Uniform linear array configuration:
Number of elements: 8
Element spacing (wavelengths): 0.5
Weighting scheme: hamming
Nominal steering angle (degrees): -60
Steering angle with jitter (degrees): -58.169
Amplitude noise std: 0.05
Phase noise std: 0.05

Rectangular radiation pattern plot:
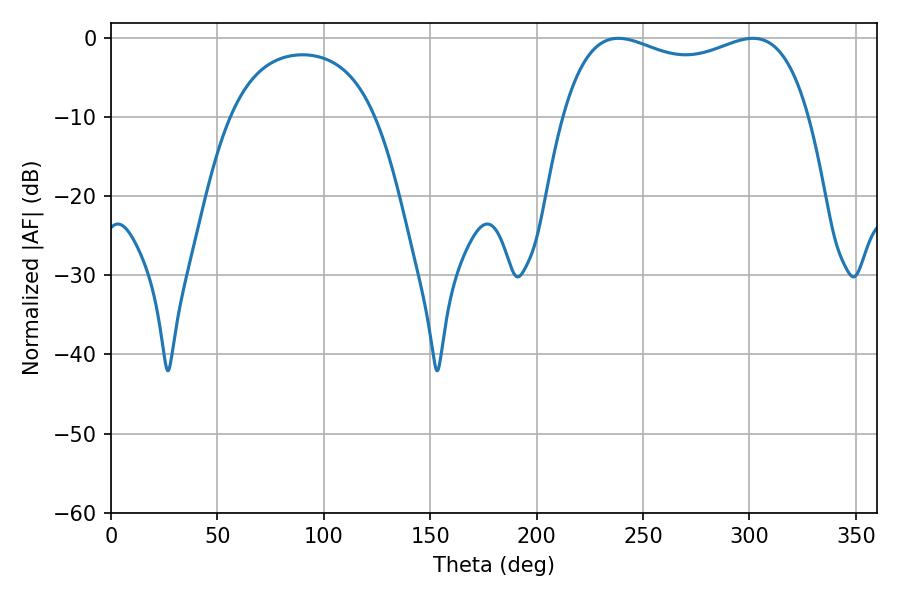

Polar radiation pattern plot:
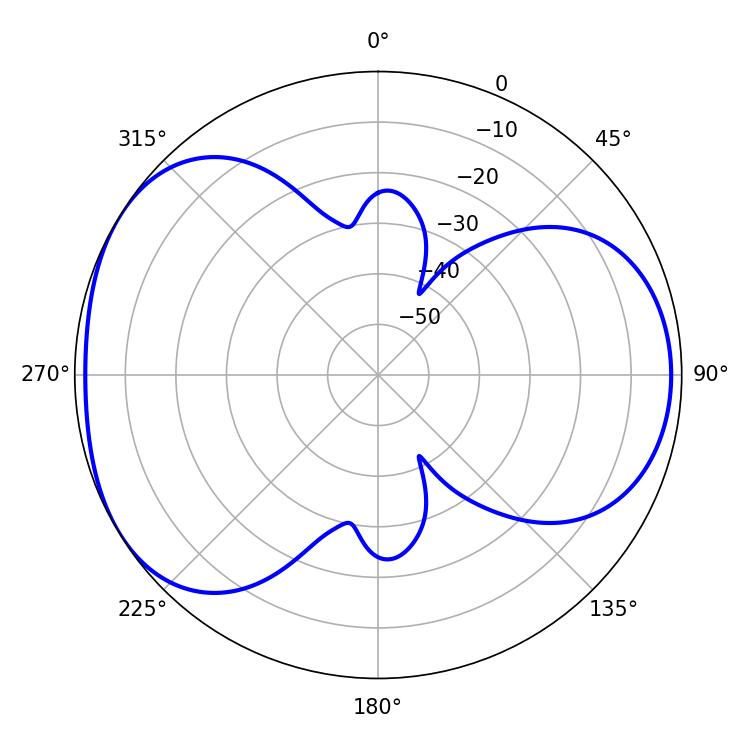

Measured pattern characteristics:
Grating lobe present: FALSE
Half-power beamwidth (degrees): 95.04
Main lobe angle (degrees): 238.32